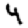
Digit: 4